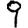
Digit: 9